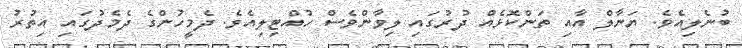
ބުނެލިއެވެ. ޔަނާލް އާއި ތަންކޮޅެއް ދުރުުގައި ލިވާންވެސް ހުއްޓިލިއެވެ. ދެމީހުންގެ ދެމެދުގައި އިތުރު